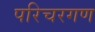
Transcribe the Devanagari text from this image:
परिचरगण